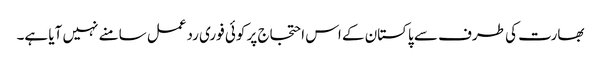
بھارت کی طرف سے پاکستان کے اس احتجاج پر کوئی فوری ردعمل سامنے نہیں آیا ہے۔